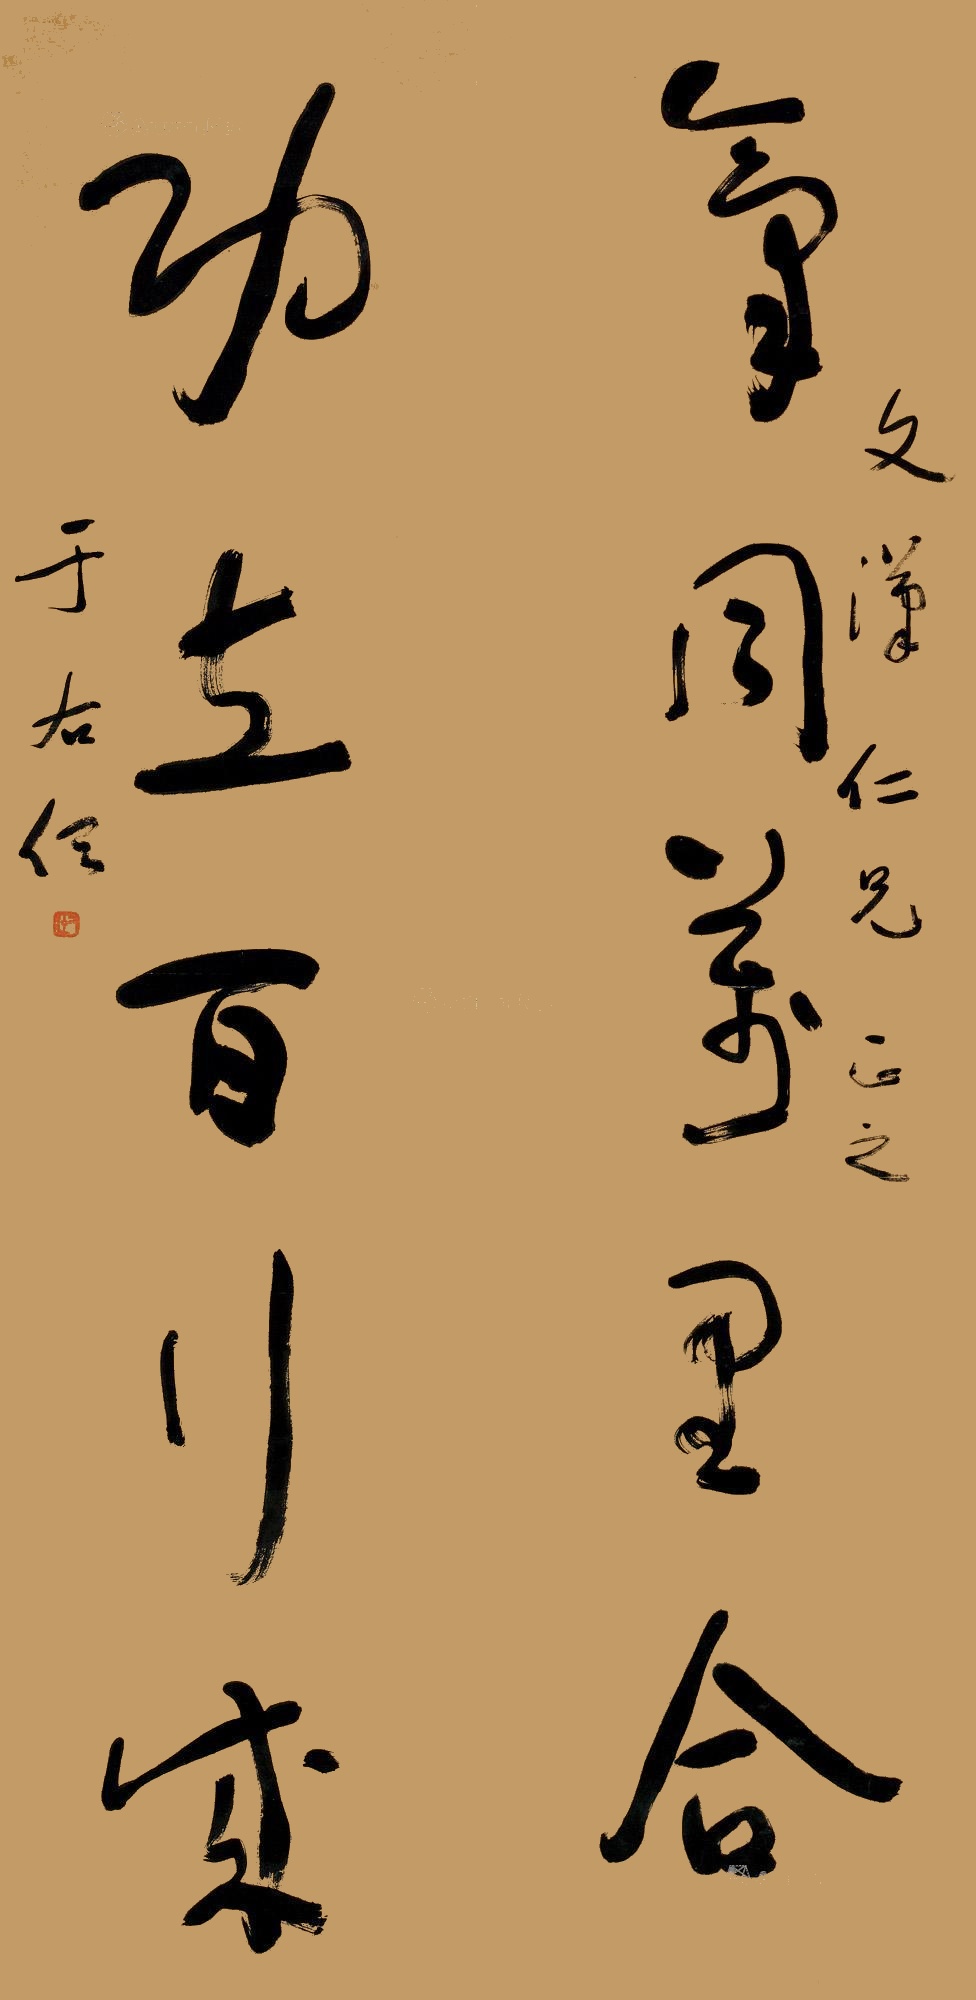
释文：气同万里合，功立百行成。文汉仁兄正之，于右任。